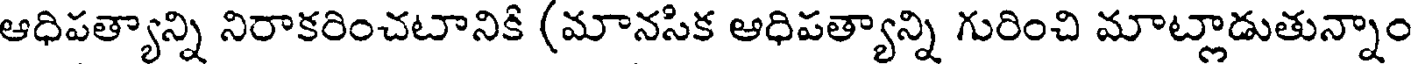
ఆధిపత్యాన్ని నిరాకరించటానికి (మానసిక ఆధిపత్యాన్ని గురించి మాట్లాడుతున్నాం